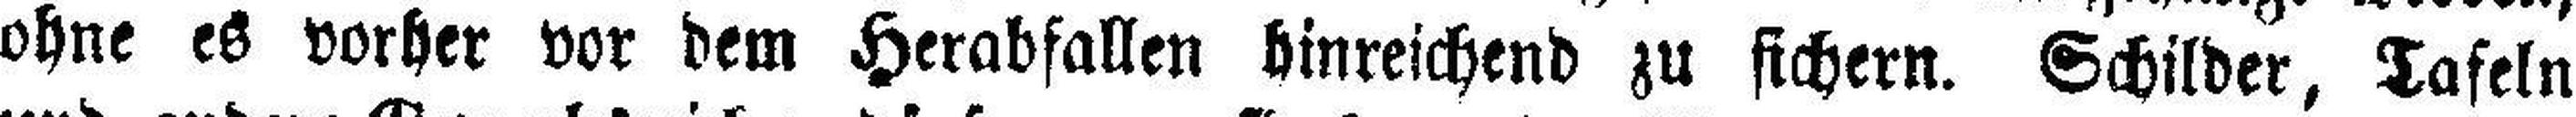
ohne es vorher vor dem Herabfallen hinreichend zu sichern. Schilder, Tafeln